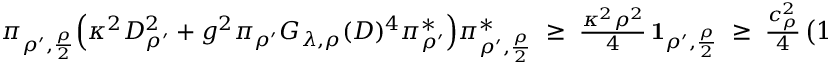
\begin{array} { r } { \pi _ { \rho ^ { \prime } , \frac { \rho } { 2 } } \Big ( \kappa ^ { 2 } D _ { \rho ^ { \prime } } ^ { 2 } + g ^ { 2 } \pi _ { \rho ^ { \prime } } G _ { \lambda , \rho } ( D ) ^ { 4 } \pi _ { \rho ^ { \prime } } ^ { * } \Big ) \pi _ { \rho ^ { \prime } , \frac { \rho } { 2 } } ^ { * } \; \geq \; \frac { \kappa ^ { 2 } \rho ^ { 2 } } { 4 } \, { \bf 1 } _ { \rho ^ { \prime } , \frac { \rho } { 2 } } \; \geq \; \frac { c _ { \rho } ^ { 2 } } { 4 } \, \big ( 1 + \frac { \| \Im m ( H ) \| } { g } \big ) ^ { 2 } \, g ^ { 2 } \, { \bf 1 } _ { \rho ^ { \prime } , \frac { \rho } { 2 } } \; . } \end{array}